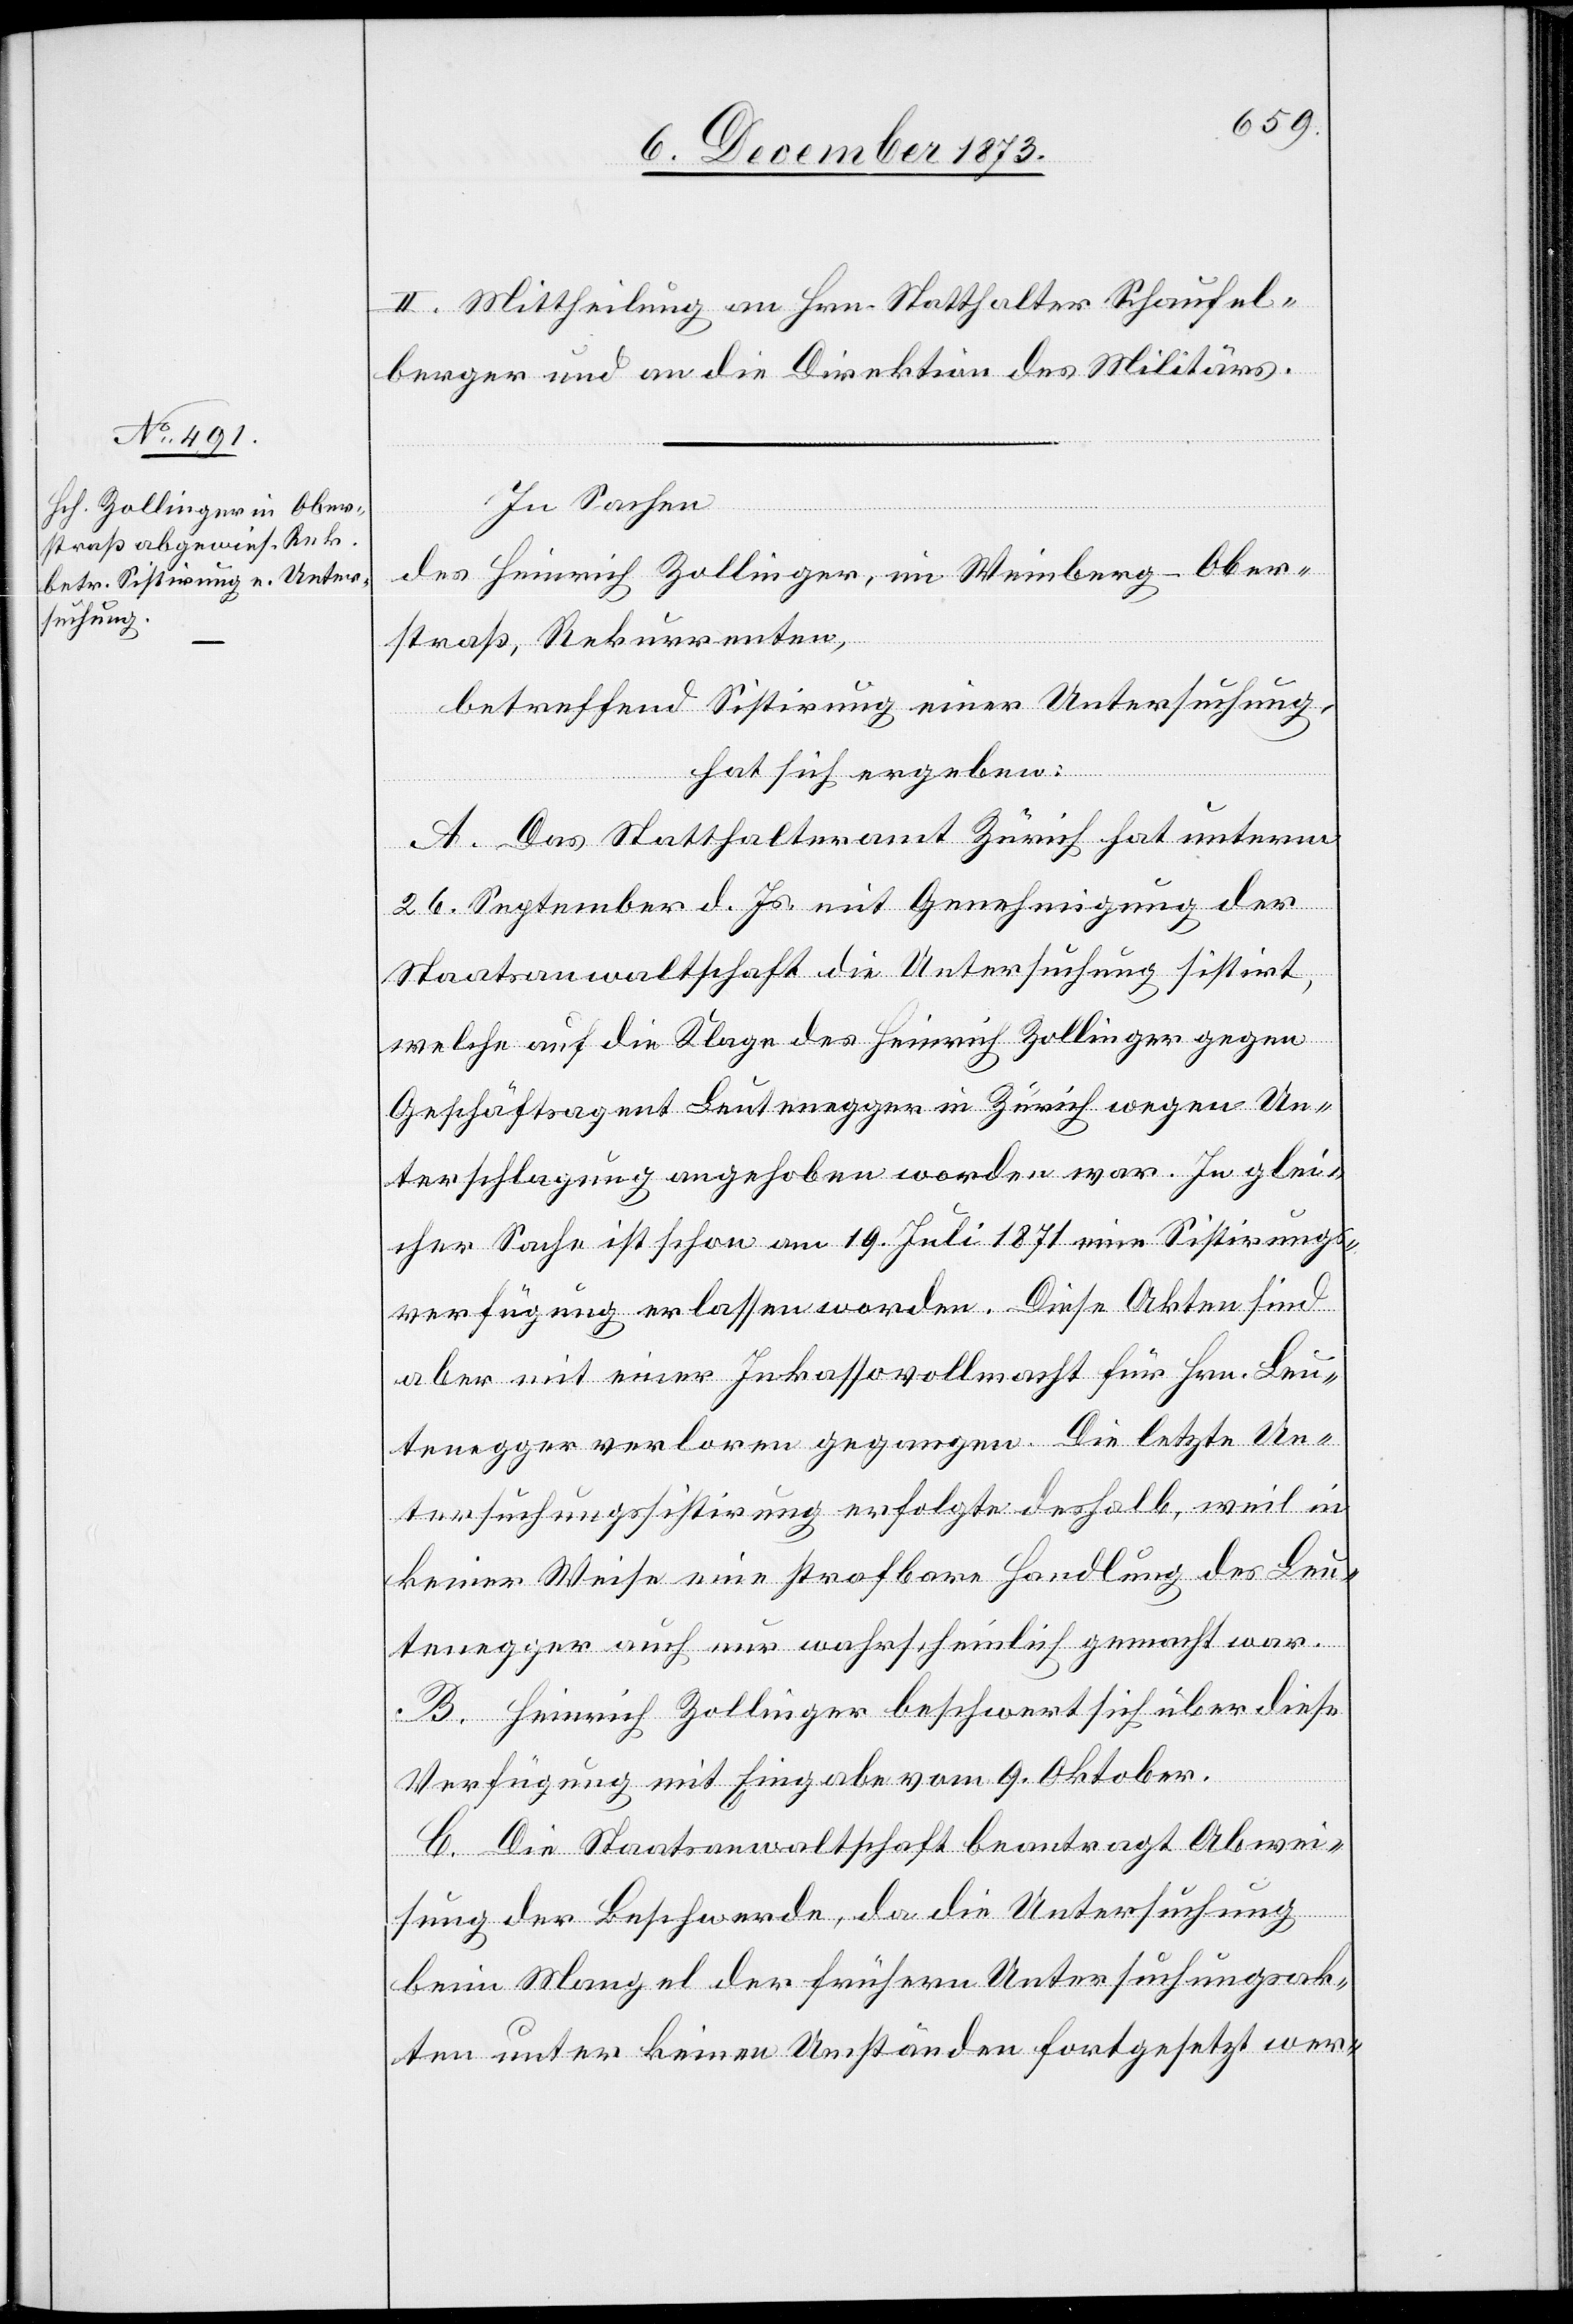
II. Mittheilung an Hrn. Statthalter Schaufel¬
berger und an die Direktion des Militärs.
In Sachen
des Heinrich Zollinger, im Weinberg - Ober¬
straß, Rekurrenten,
betreffend Sistirung einer Untersuchung,
hat sich ergeben:
A. Das Statthalteramt Zürich hat unterm
26. September d. Js. mit Genehmigung der
Staatsanwaltschaft die Untersuchung sistirt,
welche auf die Klage des Heinrich Zollinger gegen
Geschäftsagent Leutenegger in Zürich wegen Un¬
terschlagung angehoben worden war. In glei¬
cher Sache ist schon am 19. Juli 1871 eine Sistirungs¬
verfügung erlassen worden. Diese Akten sind
aber mit einer Inkassovollmacht für Hrn. Leu¬
tenegger verloren gegangen. Die letzte Un¬
tersuchungssistirung erfolgte deshalb, weil in
keiner Weise eine strafbare Handlung des Leu¬
tenegger auch nur wahrscheinlich gemacht war.
B. Heinrich Zollinger beschwert sich über diese
Verfügung mit Eingabe vom 9. Oktober.
C. Die Staatsanwaltschaft beantragt Abwei¬
sung der Beschwerde, da die Untersuchung
beim Mangel der frühern Untersuchungsak¬
ten unter keinen Umständen fortgesetzt wer-